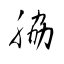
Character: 脇